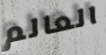
العالم